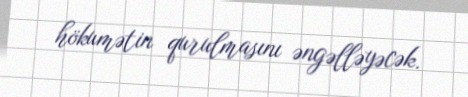
hökumətin qurulmasını əngəlləyəcək.